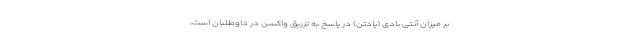
بر میزان آنتی بادی (پادتن) در پاسخ به تزریق واکسن در داوطلبان است،